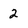
Character: 2